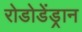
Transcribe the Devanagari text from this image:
रोडोडेंड्रान